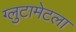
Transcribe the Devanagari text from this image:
ग्लुटामेटला